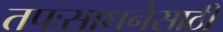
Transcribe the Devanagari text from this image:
तपःसाधनेसाठी